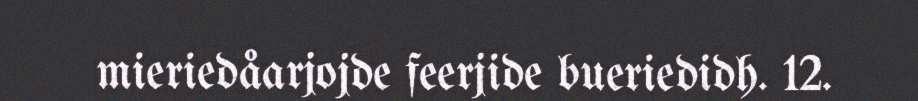
mieriedåarjojde feerjide bueriedidh. 12.